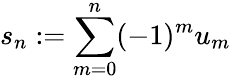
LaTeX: s_{n}:=\sum_{m=0}^{n}(-1)^{m}u_{m}